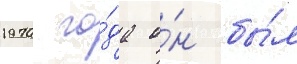
1970 го́да о́н бы́л